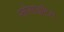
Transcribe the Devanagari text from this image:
ग्लोसाइटिस